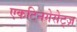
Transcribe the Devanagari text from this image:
एकटिनगेसेट्ज़